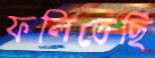
ফলিতেছি